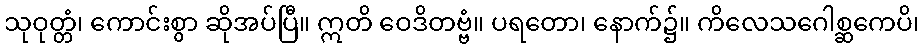
သုဝုတ္တံ၊ ကောင်းစွာ ဆိုအပ်ပြီ။ ဣတိ ဝေဒိတဗ္ဗံ။ ပရတော၊ နောက်၌။ ကိလေသဂေါစ္ဆကေပိ၊